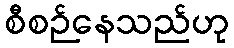
စီစဉ်နေသည်ဟု